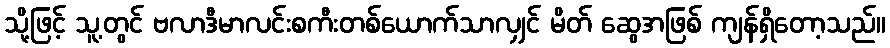
သို့ဖြင့် သူ့တွင် ဗလာဒီမာလင်းစကီးတစ်ယောက်သာလျှင် မိတ် ဆွေအဖြစ် ကျန်ရှိတော့သည်။